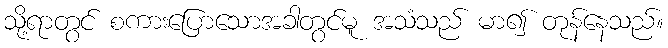
သို့ရာတွင် စကားပြောသောအခါတွင်မူ အသံသည် မာ၍ တုန်နေသည်။